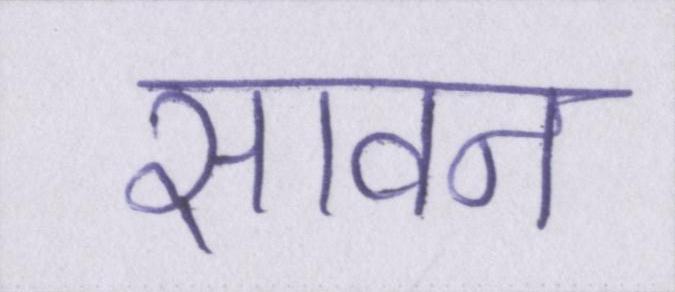
सावन